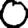
Digit: 0